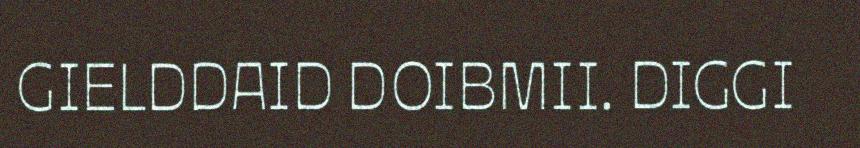
GIELDDAID DOIBMII. DIGGI